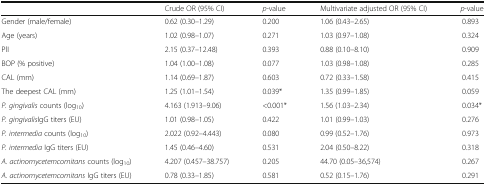
<table><thead><tr><td></td><td><b>Crude OR (95% CI)</b></td><td><b><i>p</i>-value</b></td><td><b>Multivariate adjusted OR (95% CI)</b></td><td><b><i>p</i>-value</b></td></tr></thead><tbody><tr><td>Gender (male/female)</td><td>0.62 (0.30–1.29)</td><td>0.200</td><td>1.06 (0.43–2.65)</td><td>0.893</td></tr><tr><td>Age (years)</td><td>1.02 (0.98–1.07)</td><td>0.271</td><td>1.03 (0.97–1.08)</td><td>0.324</td></tr><tr><td>PlI</td><td>2.15 (0.37–12.48)</td><td>0.393</td><td>0.88 (0.10–8.10)</td><td>0.909</td></tr><tr><td>BOP (% positive)</td><td>1.04 (1.00–1.08)</td><td>0.077</td><td>1.03 (0.98–1.08)</td><td>0.285</td></tr><tr><td>CAL (mm)</td><td>1.14 (0.69–1.87)</td><td>0.603</td><td>0.72 (0.33–1.58)</td><td>0.415</td></tr><tr><td>The deepest CAL (mm)</td><td>1.25 (1.01–1.54)</td><td>0.039*</td><td>1.35 (0.99–1.85)</td><td>0.059</td></tr><tr><td><i>P. gingivalis</i> counts (log<sub>10</sub>)</td><td>4.163 (1.913–9.06)</td><td>&lt;0.001*</td><td>1.56 (1.03–2.34)</td><td>0.034*</td></tr><tr><td><i>P. gingivalis</i>IgG titers (EU)</td><td>1.01 (0.98–1.05)</td><td>0.422</td><td>1.01 (0.99–1.03)</td><td>0.276</td></tr><tr><td><i>P. intermedia</i> counts (log<sub>10</sub>)</td><td>2.022 (0.92–4.443)</td><td>0.080</td><td>0.99 (0.52–1.76)</td><td>0.973</td></tr><tr><td><i>P. intermedia</i> IgG titers (EU)</td><td>1.45 (0.46–4.60)</td><td>0.531</td><td>2.04 (0.50–8.22)</td><td>0.318</td></tr><tr><td><i>A. actinomycetemcomitans</i> counts (log<sub>10</sub>)</td><td>4.207 (0.457–38.757)</td><td>0.205</td><td>44.70 (0.05–36,574)</td><td>0.267</td></tr><tr><td><i>A. actinomycetemcomitans</i> IgG titers (EU)</td><td>0.78 (0.33–1.85)</td><td>0.581</td><td>0.52 (0.15–1.76)</td><td>0.291</td></tr></tbody></table>